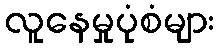
လူနေမှုပုံစံများ